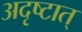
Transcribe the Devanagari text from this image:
अदृष्टात्